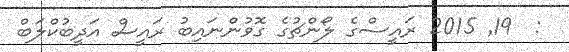
:  19